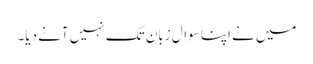
میں نے اپنا سوال زبان تک نہیں آنے دیا۔